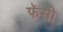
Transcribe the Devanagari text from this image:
फॅसी